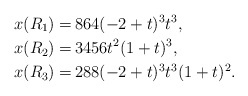
\begin{align*}x(R_1)=& \, 864 (-2 + t)^3 t^3,\\x(R_2)=& \, 3456 t^2 (1 + t)^3,\\x(R_3)=& \, 288 (-2 + t)^3 t^3 (1 + t)^2.\end{align*}